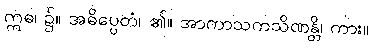
ဣဓ၊ ၌။ အဓိပ္ပေတံ၊ ၏။ အာကာသကသိဏန္တိ၊ ကား။